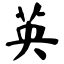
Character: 英